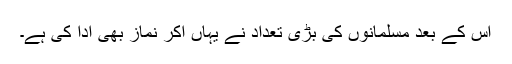
اس کے بعد مسلمانوں کی بڑی تعداد نے یہاں آکر نماز بھی ادا کی ہے۔